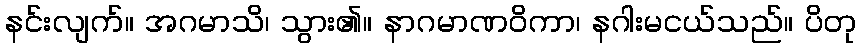
နင်းလျက်။ အဂမာသိ၊ သွား၏။ နာဂမာဏဝိကာ၊ နဂါးမငယ်သည်။ ပိတု